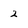
Character: 2